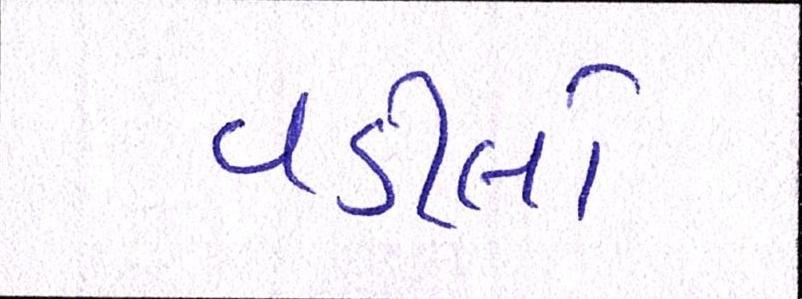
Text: વડીલો